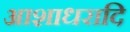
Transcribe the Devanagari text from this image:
आशाधरादि